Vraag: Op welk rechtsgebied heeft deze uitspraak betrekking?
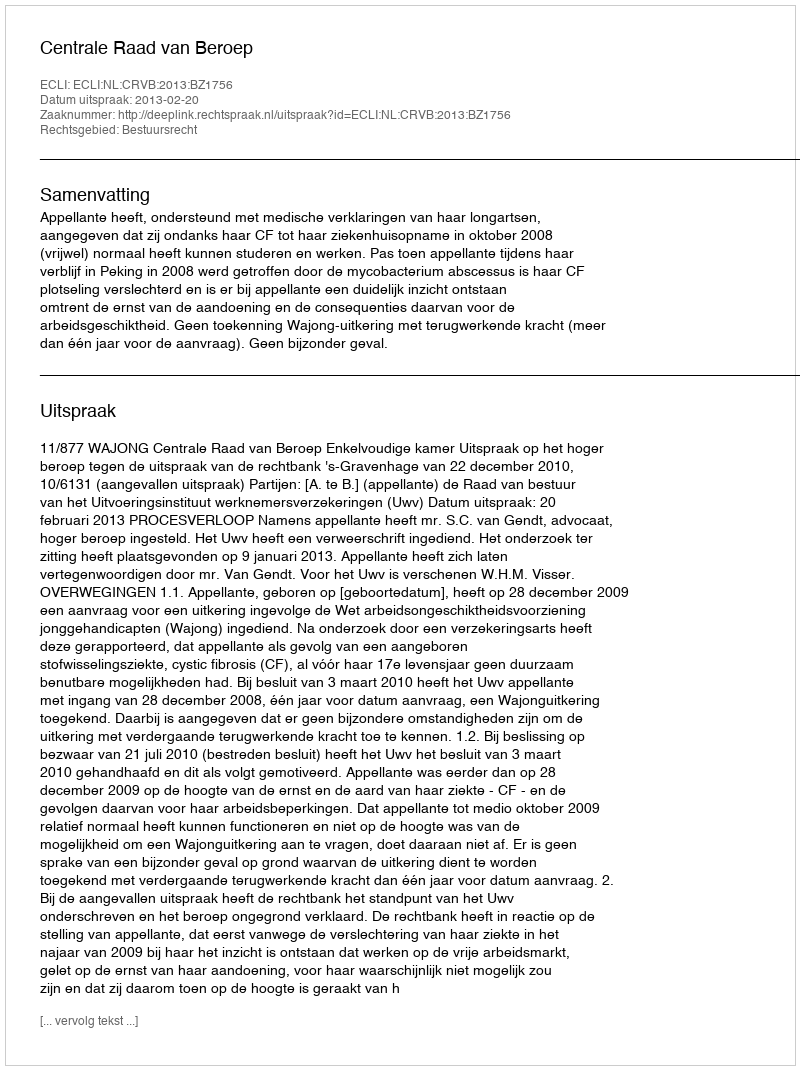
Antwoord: Bestuursrecht